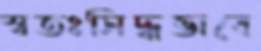
স্বতঃসিদ্ধভাবে